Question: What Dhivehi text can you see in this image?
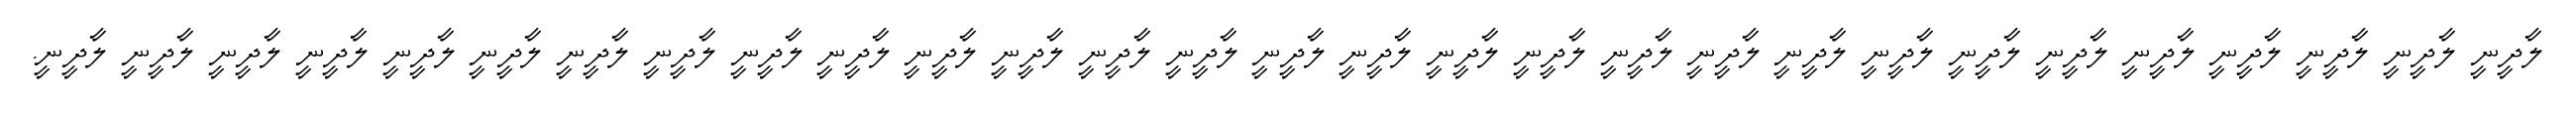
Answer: ލާދީނީ ލާދީނީ ލާދީނީ ލާދީނީ ލާދީނީ ލާދީނީ ލާދީނީ ލާދީނީ ލާދީނީ ލާދީނީ ލާދީނީ ލާދީނީ ލާދީނީ ލާދީނީ ލާދީނީ ލާދީނީ ލާދީނީ ލާދީނީ ލާދީނީ ލާދީނީ ލާދީނީ ލާދީނީ ލާދީނީ ލާދީނީ ލާދީނީ ލާދީނީ ލާދީނީ ލާދީނީ ލާދީނީ.